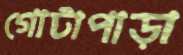
গোটাপাড়া